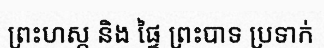
ព្រះហស្ត និង ផ្ទៃ ព្រះបាទ ប្រទាក់